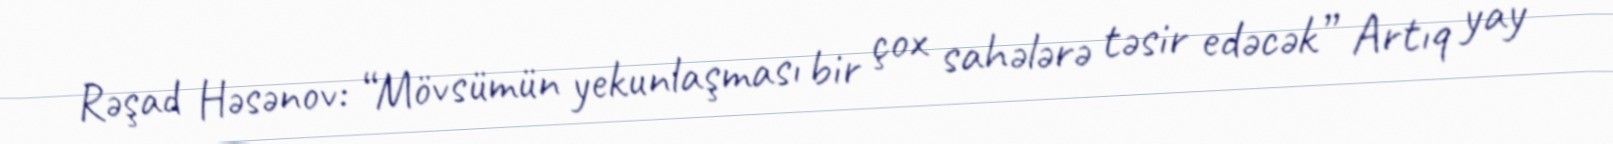
Rəşad Həsənov: “Mövsümün yekunlaşması bir çox sahələrə təsir edəcək” Artıq yay